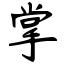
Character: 掌